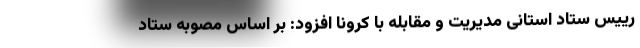
رییس ستاد استانی مدیریت و مقابله با کرونا افزود: بر اساس مصوبه ستاد